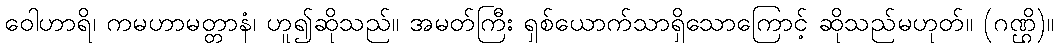
ဝေါဟာရိ၊ ကမဟာမတ္တာနံ၊ ဟူ၍ဆိုသည်။ အမတ်ကြီး ရှစ်ယောက်သာရှိသောကြောင့် ဆိုသည်မဟုတ်။ (ဂဏ္ဌိ)။